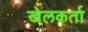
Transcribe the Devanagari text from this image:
खेलकर्ता